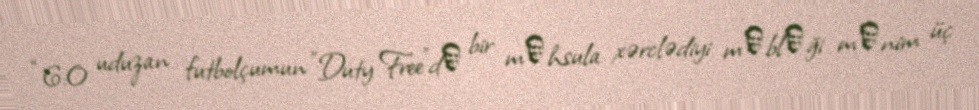
“6:0 uduzan futbolçumun "Duty Free"dә bir mәhsula xərclədiyi mәblәği mәnim üç